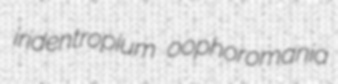
iridentropium oophoromania